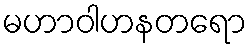
မဟာဝါဟနတရော